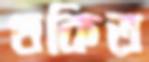
থকিত